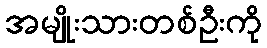
အမျိုးသားတစ်ဦးကို